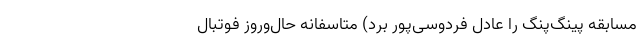
مسابقه پینگ‌پنگ را عادل فردوسی‌پور برد) متاسفانه حال‌و‌روز فوتبال